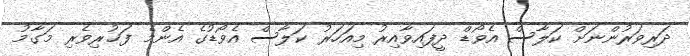
ދަރިވަރުންނަށް ކަލާސް އެވޯޑް ދީފައިވާއިރު މިއަހަރު ކަލާސް އެވޯޑުގެ އެންމެ ފަޚުރިވެރި މަގާމު